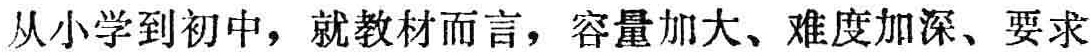
从小学到初中，就教材而言，容量加大、难度加深、要求